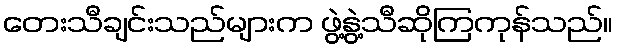
တေးသီချင်းသည်များက ဖွဲ့နွဲ့သီဆိုကြကုန်သည်။